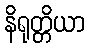
နိရုတ္တိယာ